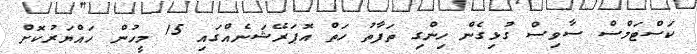
ކަސްޓަމްސް ސާވިސް ގުޅިގެން ހިންގި ތަފާތު ހަތް އޮޕަރޭޝަނެއްގައި 15 މީހުން ހައްޔަރުކޮށް